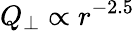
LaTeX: Q_{\perp}\propto r^{-2.5}